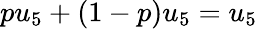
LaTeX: pu_{5}+(1-p)u_{5}=u_{5}